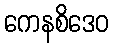
ကေနစိဒေဝ